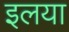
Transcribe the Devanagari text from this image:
इलया